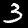
Label: 3